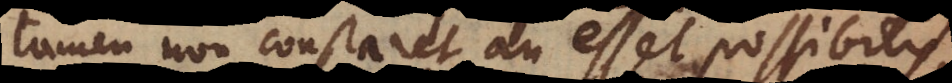
tamen non constaret an esset possibilis,